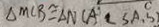
\Delta M C B \cong \Delta N C A ( S A . S )